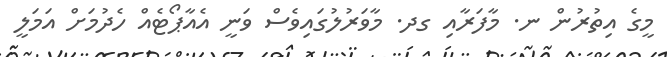
މީގެ އިތުރުން ނ. މާފަރާއި ގދ. މާވަރުލުގައިވެސް ވަނީ އެއާޕޯޓެއް ހެދުމަށް އަމަލީ